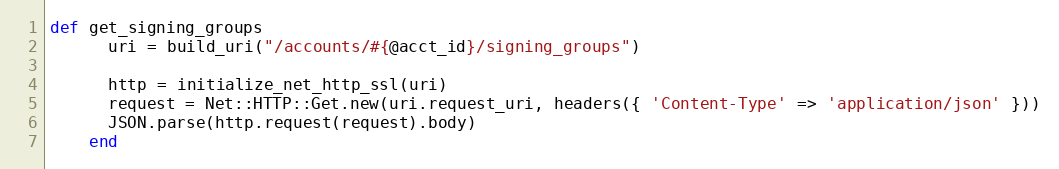
Language: Ruby
def get_signing_groups
      uri = build_uri("/accounts/#{@acct_id}/signing_groups")

      http = initialize_net_http_ssl(uri)
      request = Net::HTTP::Get.new(uri.request_uri, headers({ 'Content-Type' => 'application/json' }))
      JSON.parse(http.request(request).body)
    end